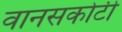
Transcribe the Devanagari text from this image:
वानसकोटी